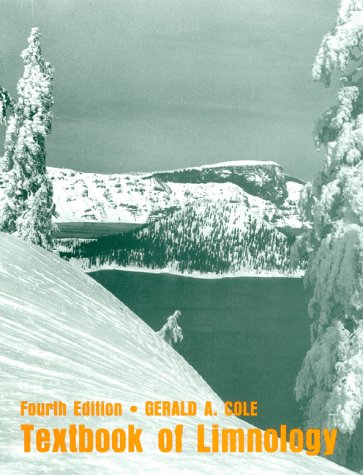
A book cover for Textbook of Limnology; G. A. Cole; Science & Math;